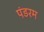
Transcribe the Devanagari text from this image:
पंडरम